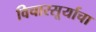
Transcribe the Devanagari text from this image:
विचारसूर्याचा